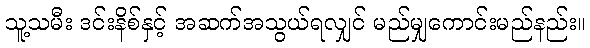
သူ့သမီး ဒင်းနိစ်နှင့် အဆက်အသွယ်ရလျှင် မည်မျှကောင်းမည်နည်း။